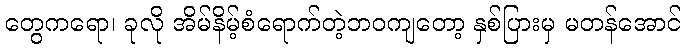
တွေကရော၊ ခုလို အိမ်နိမ့်စံရောက်တဲ့ဘဝကျတော့ နှစ်ပြားမှ မတန်အောင်